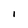
Character: I